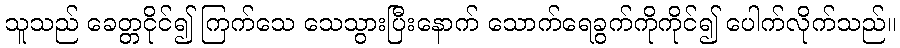
သူသည် ခေတ္တငိုင်၍ ကြက်သေ သေသွားပြီးနောက် သောက်ရေခွက်ကိုကိုင်၍ ပေါက်လိုက်သည်။